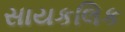
સાયકલિક